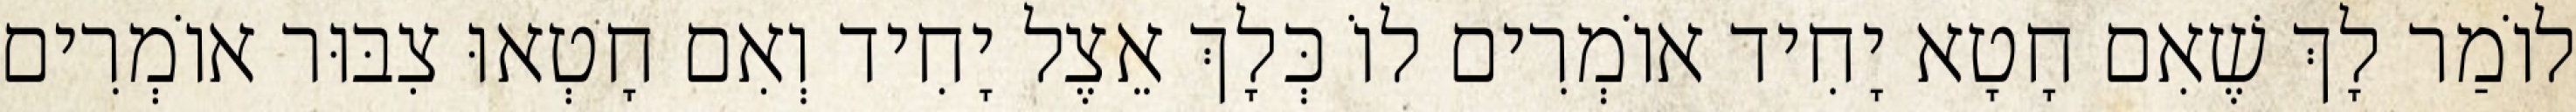
לוֹמַר לָךְ שֶׁאִם חָטָא יָחִיד אוֹמְרִים לוֹ כְּלָךְ אֵצֶל יָחִיד וְאִם חָטְאוּ צִבּוּר אוֹמְרִים